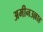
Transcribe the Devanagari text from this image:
अमीनउल्लाह